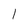
Character: l